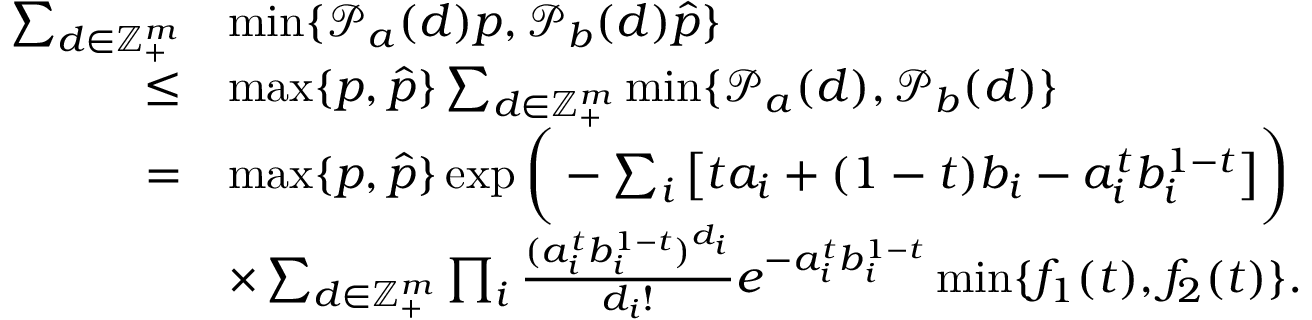
\begin{array} { r l } { \sum _ { d \in \mathbb { Z } _ { + } ^ { m } } } & { \operatorname* { m i n } \{ \mathcal { P } _ { a } ( d ) p , \mathcal { P } _ { b } ( d ) \hat { p } \} } \\ { \leq } & { \operatorname* { m a x } \{ p , \hat { p } \} \sum _ { d \in { \mathbb { Z } _ { + } ^ { m } } } \operatorname* { m i n } \{ \mathcal { P } _ { a } ( d ) , \mathcal { P } _ { b } ( d ) \} } \\ { = } & { \operatorname* { m a x } \{ p , \hat { p } \} \exp \bigg ( - \sum _ { i } \big [ t a _ { i } + ( 1 - t ) b _ { i } - a _ { i } ^ { t } b _ { i } ^ { 1 - t } \big ] \bigg ) } \\ & { \times \sum _ { d \in \mathbb { Z } _ { + } ^ { m } } \prod _ { i } \frac { ( a _ { i } ^ { t } b _ { i } ^ { 1 - t } ) ^ { d _ { i } } } { d _ { i } ! } e ^ { - a _ { i } ^ { t } b _ { i } ^ { 1 - t } } \operatorname* { m i n } \{ f _ { 1 } ( t ) , f _ { 2 } ( t ) \} . } \end{array}